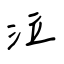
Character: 泣